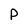
Character: P